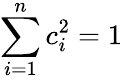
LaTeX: \sum_{i=1}^{n}c_{i}^{2}=1